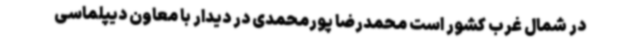
در شمال‌ غرب کشور است محمدرضا پورمحمدی در دیدار با معاون دیپلماسی